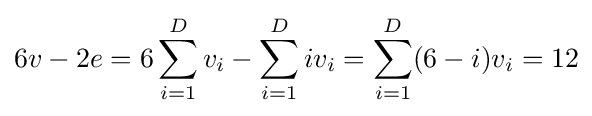
6v-2e=6\sum _{i=1}^{D}v_{i}-\sum _{i=1}^{D}iv_{i}=\sum _{i=1}^{D}(6-i)v_{i}=12